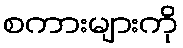
စကားများကို